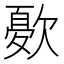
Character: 𭭓